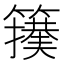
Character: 𮆢